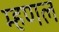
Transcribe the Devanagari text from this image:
म्हणल